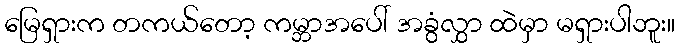
မြေရှားက တကယ်တော့ ကမ္ဘာအပေါ် အခွံလွှာ ထဲမှာ မရှားပါဘူး။